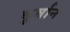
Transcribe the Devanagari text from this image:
कु़र्बान